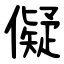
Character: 儗